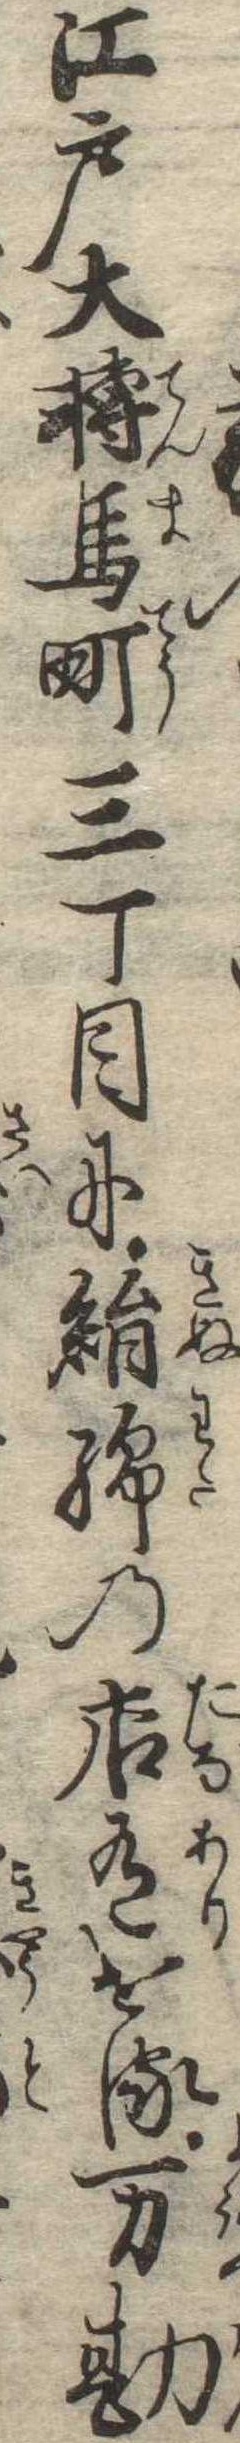
江戸大転馬町三丁目に絹綿の店有ける万勘